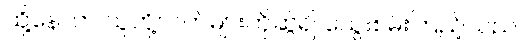
ထို့နောက် သူတို့လက်များကိုဆွဲ၍ သွေးစမ်းကြည့်သည်။